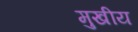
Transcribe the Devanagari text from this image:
मुखीय